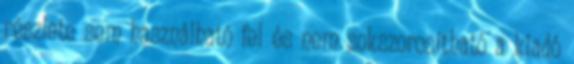
részlete sem használható fel és nem sokszorosítható a kiadó